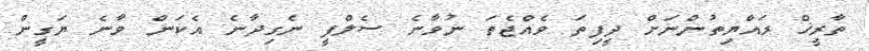
ތާރީޚް ރައްޔިތުންނަށް ދީފިތަ ވެއްޖެތަ ނުވާނެ ސެލްފީ ނެގިދާނެ އެކަން ވާނެ ޔަގީން